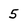
Character: 5